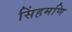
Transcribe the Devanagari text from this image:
सिंहमणि